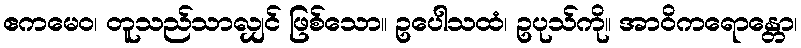
ဧကမေဝ၊ တူသည်သာလျှင် ဖြစ်သော။ ဥပေါသထံ၊ ဥပုသ်ကို။ အာဝိကရောန္တော၊